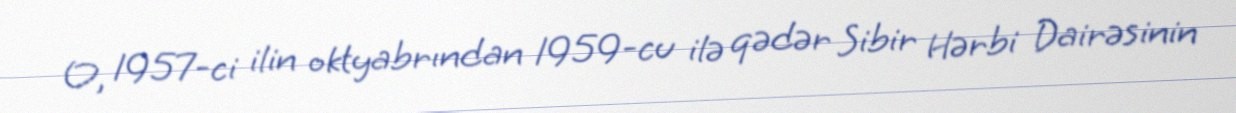
O, 1957-ci ilin oktyabrından 1959-cu ilə qədər Sibir Hərbi Dairəsinin